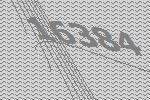
16384